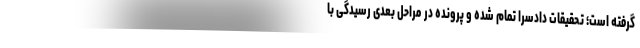
گرفته است؛ تحقیقات دادسرا تمام شده و پرونده در مراحل بعدی رسیدگی با